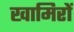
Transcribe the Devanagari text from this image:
खामिरों